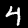
Digit: 4